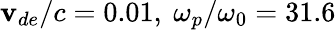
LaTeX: \mathbf{v}_{de}/c=0.01,\ \omega_{p}/\omega_{0}=31.6